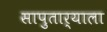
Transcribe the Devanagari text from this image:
सापुतार्याला